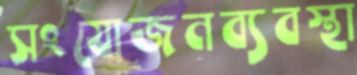
সংযোজনব্যবস্থা